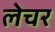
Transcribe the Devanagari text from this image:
लेचर